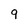
Character: 9